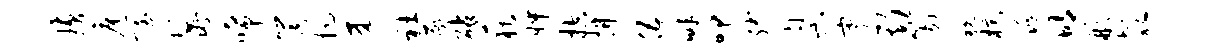
璜扈赋鬣唏筒抗来社遂砧荻怦控拂伍畔叩缚臬蹇斯笏税棕逃明彬欹